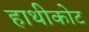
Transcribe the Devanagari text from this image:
हाथीकोट